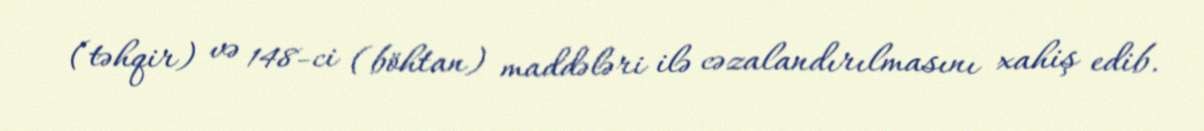
(təhqir) və 148-ci (böhtan) maddələri ilə cəzalandırılmasını xahiş edib.